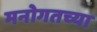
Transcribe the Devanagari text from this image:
मनोगतच्या